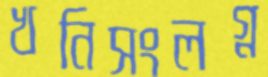
খনিসংলগ্ন